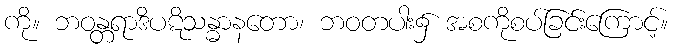
ကို။ ဘဝန္တရာဒိပဋိသန္ဓာနတော၊ ဘဝတပါး၌ အစကိုစပ်ခြင်းကြောင့်။